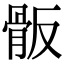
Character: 𩨩